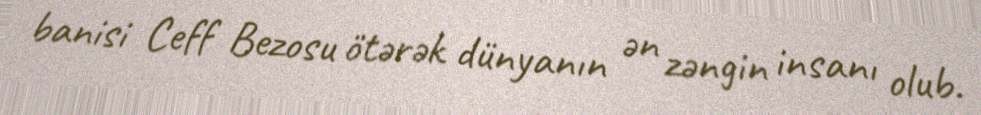
banisi Ceff Bezosu ötərək dünyanın ən zəngin insanı olub.